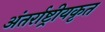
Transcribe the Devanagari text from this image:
अंतर्राष्ट्रीयकृत